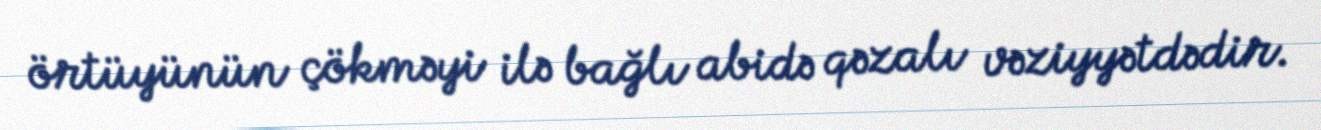
örtüyünün çökməyi ilə bağlı abidə qəzalı vəziyyətdədir.